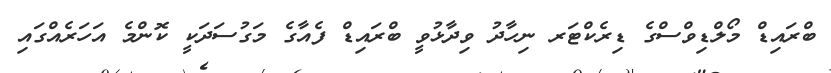
ބްރައިޑް މޯލްޑިވްސްގެ ޑިރެކްޓަރ ނިހާދު ވިދާޅުވީ ބްރައިޑް ފެއާގެ މަގުސަދަކީ ކޮންމެ އަހަރެއްގައި